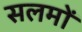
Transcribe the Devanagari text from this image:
सलमों